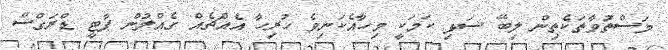
މަސްތުވާތަކެތިން ލިބޭ ސަޅި ކަމަކީ މިހާއެކަނިވެ ހުރިހާ އެއްޗެއް ގެއްލުން ޕާޓީ ޑްރަގްސް